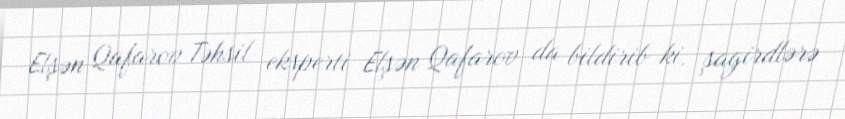
Elşən Qafarov Təhsil eksperti Elşən Qafarov da bildirib ki, şagirdlərə